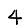
Digit: 4